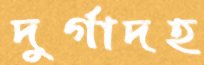
দুর্গাদহ